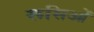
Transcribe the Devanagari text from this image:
रूसिओं